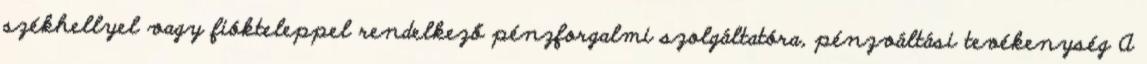
székhellyel vagy fiókteleppel rendelkező pénzforgalmi szolgáltatóra, pénzváltási tevékenység A